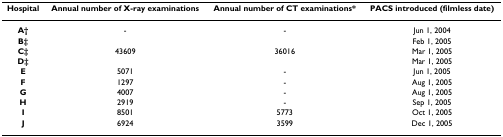
<table><thead><tr><td><b>Hospital</b></td><td><b>Annual number of X-ray examinations</b></td><td><b>Annual number of CT examinations*</b></td><td><b>PACS introduced (filmless date)</b></td></tr></thead><tbody><tr><td><b>A†</b></td><td>-</td><td>-</td><td>Jun 1, 2004</td></tr><tr><td><b>B‡</b></td><td></td><td></td><td>Feb 1, 2005</td></tr><tr><td><b>C‡</b></td><td>43609</td><td>36016</td><td>Mar 1, 2005</td></tr><tr><td><b>D‡</b></td><td></td><td></td><td>Mar 1, 2005</td></tr><tr><td><b>E</b></td><td>5071</td><td>-</td><td>Jun 1, 2005</td></tr><tr><td><b>F</b></td><td>1297</td><td>-</td><td>Aug 1, 2005</td></tr><tr><td><b>G</b></td><td>4007</td><td>-</td><td>Aug 1, 2005</td></tr><tr><td><b>H</b></td><td>2919</td><td>-</td><td>Sep 1, 2005</td></tr><tr><td><b>I</b></td><td>8501</td><td>5773</td><td>Oct 1, 2005</td></tr><tr><td><b>J</b></td><td>6924</td><td>3599</td><td>Dec 1, 2005</td></tr></tbody></table>